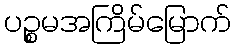
ပဉ္စမအကြိမ်မြောက်